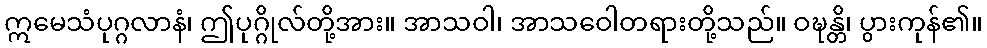
ဣမေသံပုဂ္ဂလာနံ၊ ဤပုဂ္ဂိုလ်တို့အား။ အာသဝါ၊ အာသဝေါတရားတို့သည်။ ဝဍ္ဎန္တိ၊ ပွားကုန်၏။